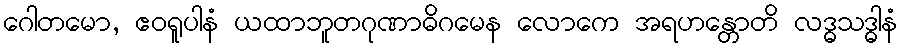
ဂေါတမော, ဧဝရူပါနံ ယထာဘူတဂုဏာဓိဂမေန လောကေ အရဟန္တောတိ လဒ္ဓသဒ္ဓါနံ